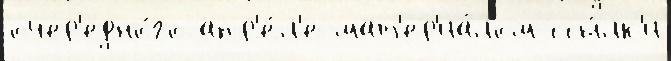
очер'едно́го апр'е́л'е мат'ер'иа́лом ссы́лк'и